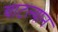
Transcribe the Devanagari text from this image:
चाटल्यान